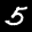
Label: 5